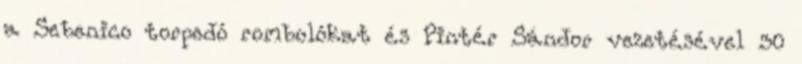
a Sebenico torpedó rombolókat és Pintér Sándor vezetésével 30